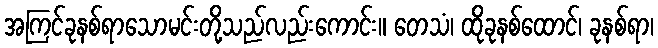
အကြင်ခုနစ်ရာသောမင်းတို့သည်လည်းကောင်း။ တေသံ၊ ထိုခုနစ်ထောင်၊ ခုနစ်ရာ၊